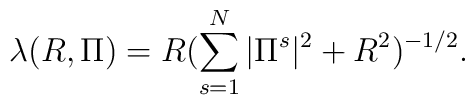
\lambda(R,\Pi)=R (\sum_{s=1}^N |\Pi^s|^2+R^2)^{-1/2}.